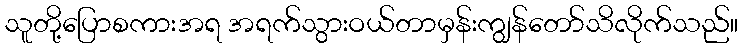
သူတို့ပြောစကားအရ အရက်သွားဝယ်တာမှန်းကျွန်တော်သိလိုက်သည်။